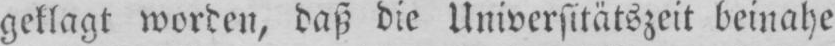
geklagt worden, daß die Universitätszeit beinahe